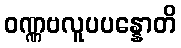
ဝဏ္ဏဗလူပပန္နောတိ